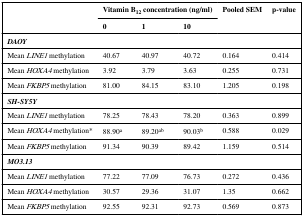
<table><thead><tr><td rowspan="2"></td><td colspan="3"><b>Vitamin B<sub>12</sub> concentration (ng/ml)</b></td><td rowspan="2"><b>Pooled SEM</b></td><td rowspan="2"><b>p-value</b></td></tr><tr><td><b>0</b></td><td><b>1</b></td><td><b>10</b></td></tr></thead><tbody><tr><td colspan="6"><b><i>DAOY</i></b></td></tr><tr><td>Mean <i>LINE1</i> methylation</td><td>40.67</td><td>40.97</td><td>40.72</td><td>0.164</td><td>0.414</td></tr><tr><td>Mean <i>HOXA4</i> methylation</td><td>3.92</td><td>3.79</td><td>3.63</td><td>0.255</td><td>0.731</td></tr><tr><td>Mean <i>FKBP5</i> methylation</td><td>81.00</td><td>84.15</td><td>83.10</td><td>1.205</td><td>0.198</td></tr><tr><td colspan="6"><b><i>SH-SY5Y</i></b></td></tr><tr><td>Mean <i>LINE1</i> methylation</td><td>78.25</td><td>78.43</td><td>78.20</td><td>0.363</td><td>0.899</td></tr><tr><td>Mean <i>HOXA4</i> methylation*</td><td>88.90<sup>a</sup></td><td>89.20<sup>ab</sup></td><td>90.03<sup>b</sup></td><td>0.588</td><td>0.029</td></tr><tr><td>Mean <i>FKBP5</i> methylation</td><td>91.34</td><td>90.39</td><td>89.42</td><td>1.159</td><td>0.514</td></tr><tr><td colspan="6"><b><i>MO3.13</i></b></td></tr><tr><td>Mean <i>LINE1</i> methylation</td><td>77.22</td><td>77.09</td><td>76.73</td><td>0.272</td><td>0.436</td></tr><tr><td>Mean <i>HOXA4</i> methylation</td><td>30.57</td><td>29.36</td><td>31.07</td><td>1.35</td><td>0.662</td></tr><tr><td>Mean <i>FKBP5</i> methylation</td><td>92.55</td><td>92.31</td><td>92.73</td><td>0.569</td><td>0.873</td></tr></tbody></table>